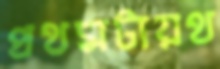
প্রথমটায়থ